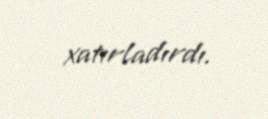
xatırladırdı.